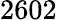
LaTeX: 2602